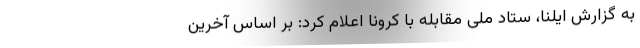
به گزارش ایلنا، ستاد ملی مقابله با کرونا اعلام کرد: بر اساس آخرین